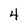
Character: 4